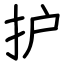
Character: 护